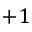
+ 1